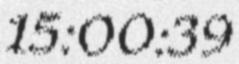
15:00:39